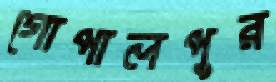
গোপালপুর